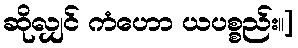
ဆိုလျှင် ကံဟော ယပစ္စည်း။]